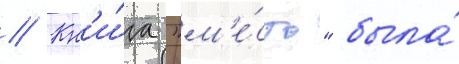
// Кн'и́га "м'е́сто" была́